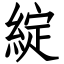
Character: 綻